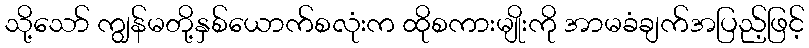
သို့သော် ကျွန်မတို့နှစ်ယောက်စလုံးက ထိုစကားမျိုးကို အာမခံချက်အပြည့်ဖြင့်